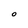
Character: O